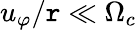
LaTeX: u_{\varphi}/\mathtt{r}\ll\Omega_{c}